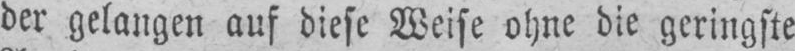
der gelangen auf diese Weise ohne die geringste